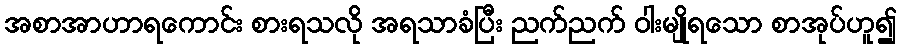
အစာအာဟာရကောင်း စားရသလို အရသာခံပြီး ညက်ညက် ဝါးမျိုရသော စာအုပ်ဟူ၍